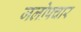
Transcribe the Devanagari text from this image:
जलोपचार